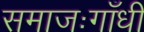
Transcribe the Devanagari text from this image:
समाजःगाँधी